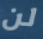
لن